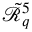
\mathcal { \tilde { R } } _ { q } ^ { 5 }